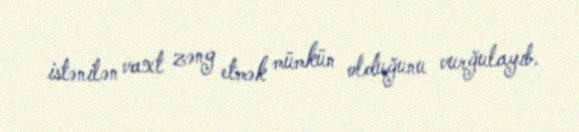
istənilən vaxt zəng etmək mümkün olduğunu vurğulayıb.